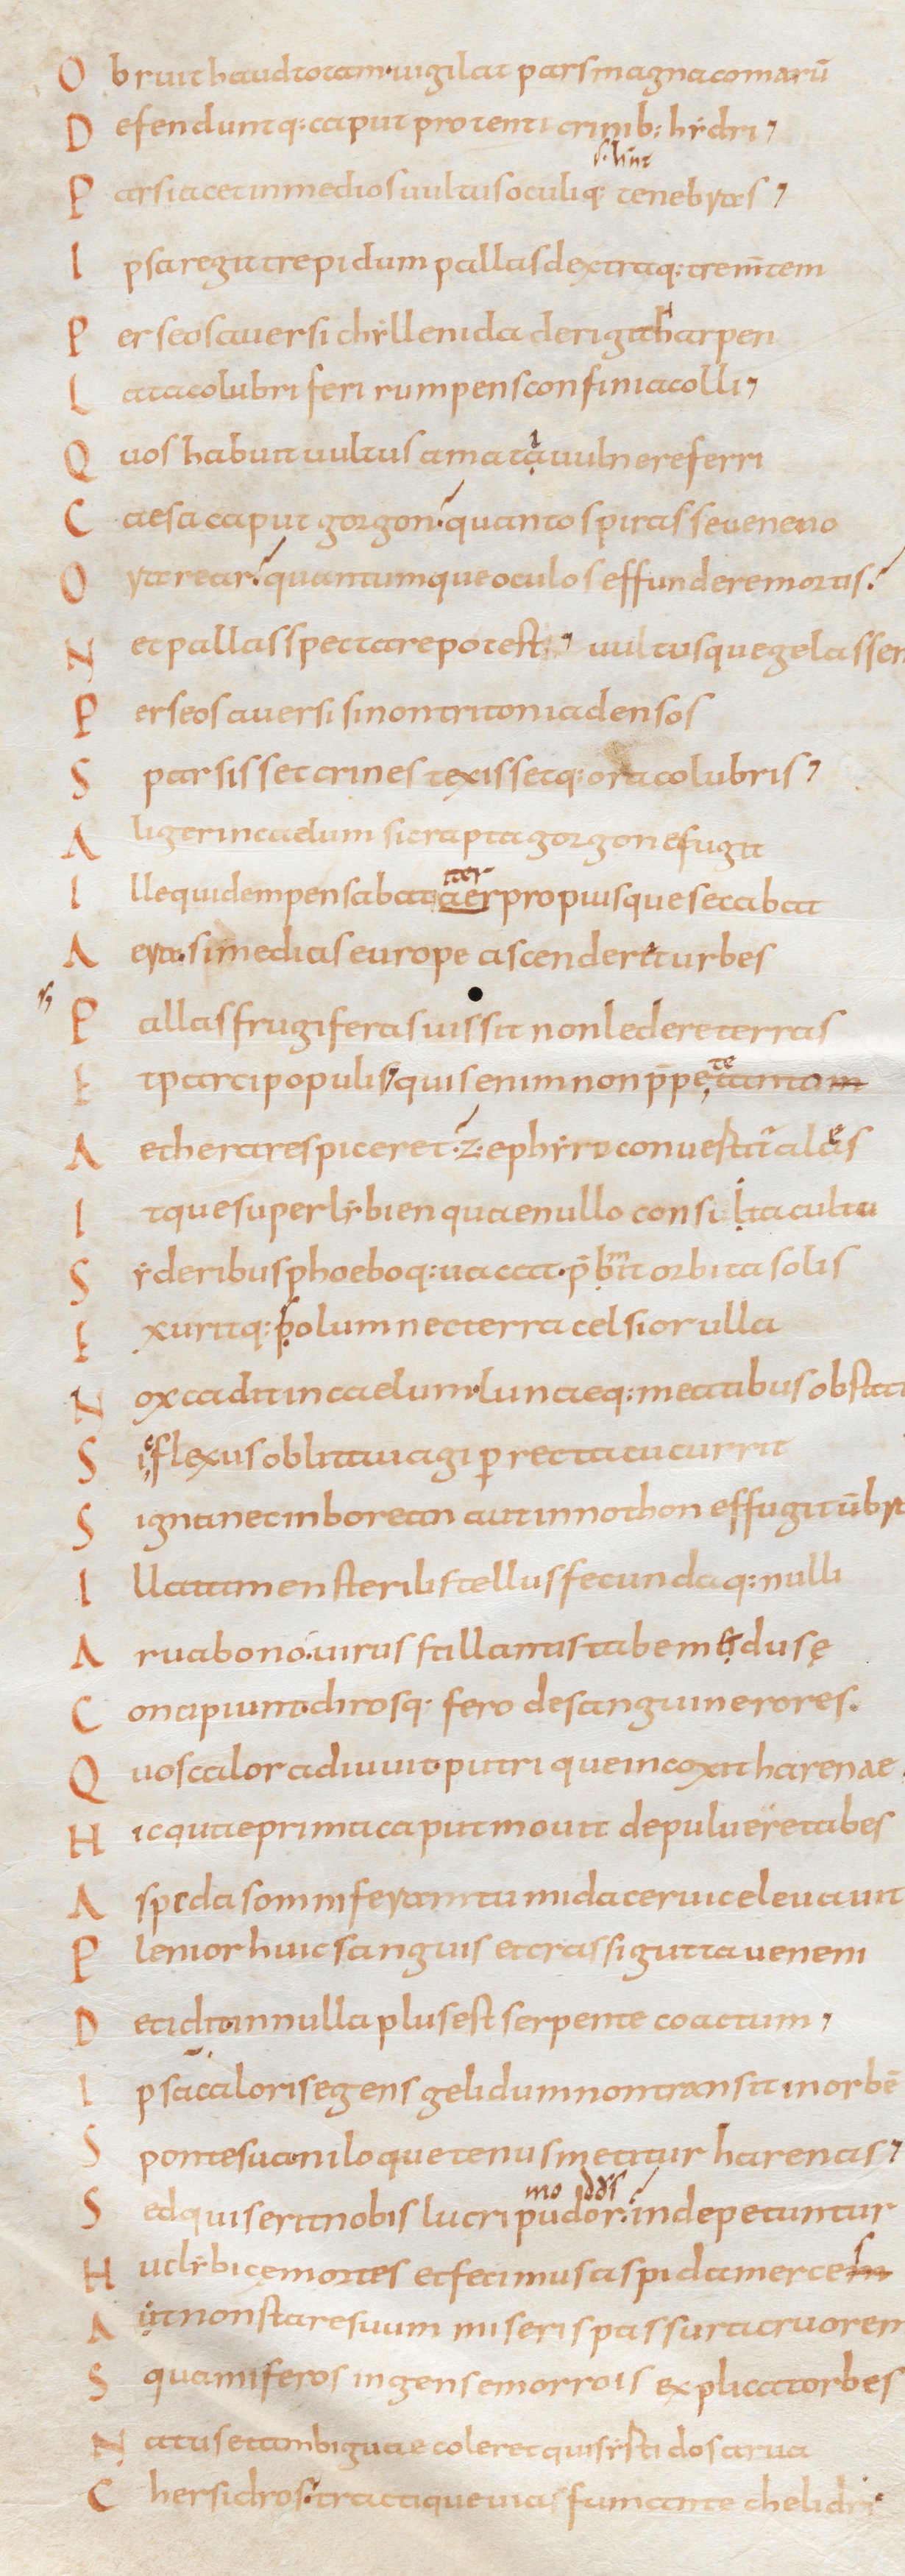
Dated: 834–1899